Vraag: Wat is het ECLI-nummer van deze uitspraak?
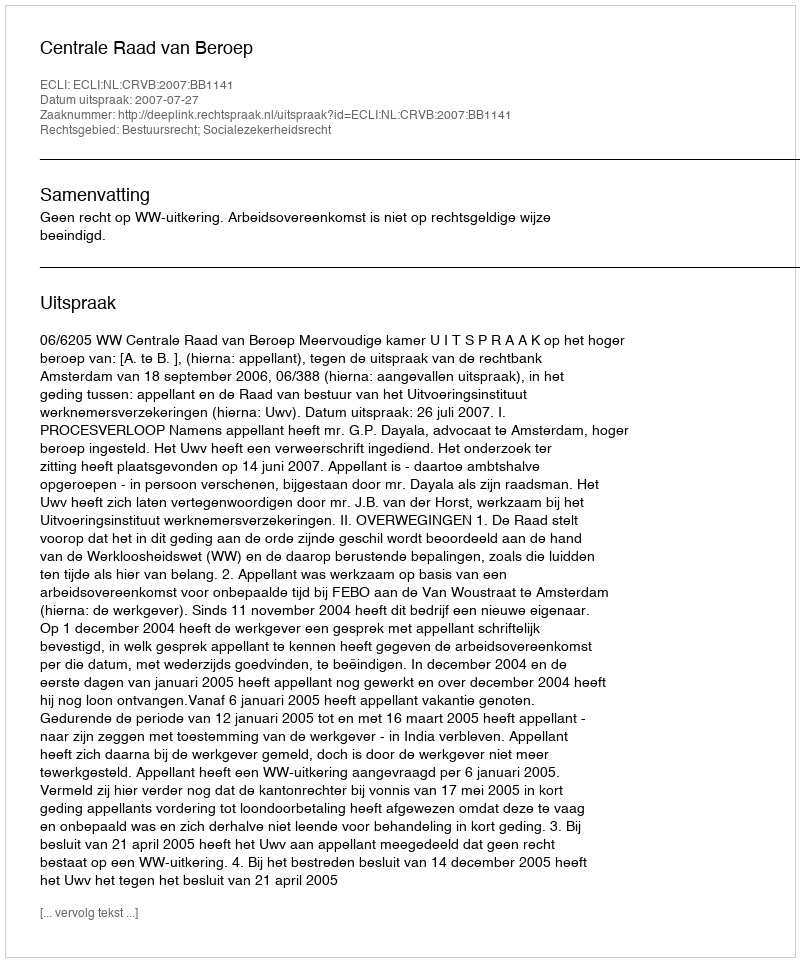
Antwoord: ECLI:NL:CRVB:2007:BB1141